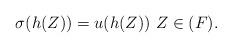
LaTeX: \begin{align*} \sigma(h(Z))=u(h(Z))~ Z \in (F). \end{align*}